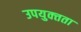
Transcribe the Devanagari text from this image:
उपयुक्‍तता